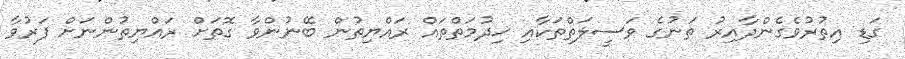
ގަޑި އިތުރުވެގެންދާއިރު ތަނުގެ ވަސީލަތްތަކާއި ޚިދުމަތްތައް ރައްޔިތުން ބޭނުންވާ ގޮތަށް ރައްޔިތުންނަށް ފަރުވާ